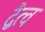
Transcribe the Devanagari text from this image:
द्वैत्व